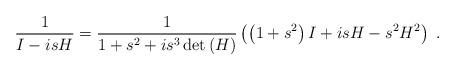
LaTeX: \begin{align*}\frac{1}{I-isH}=\frac{1}{1+s^{2}+is^{3}\det\left( H\right) }\left( \left(1+s^{2}\right) I+isH-s^{2}H^{2}\right) \ . \end{align*}